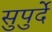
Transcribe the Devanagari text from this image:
सुपुर्दे